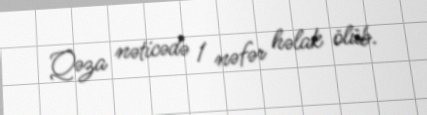
Qəza nəticədə 1 nəfər həlak ölüb.